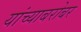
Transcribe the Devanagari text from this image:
यांच्‍याबरोबर